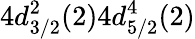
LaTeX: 4d_{3/2}^{2}(2)4d_{5/2}^{4}(2)